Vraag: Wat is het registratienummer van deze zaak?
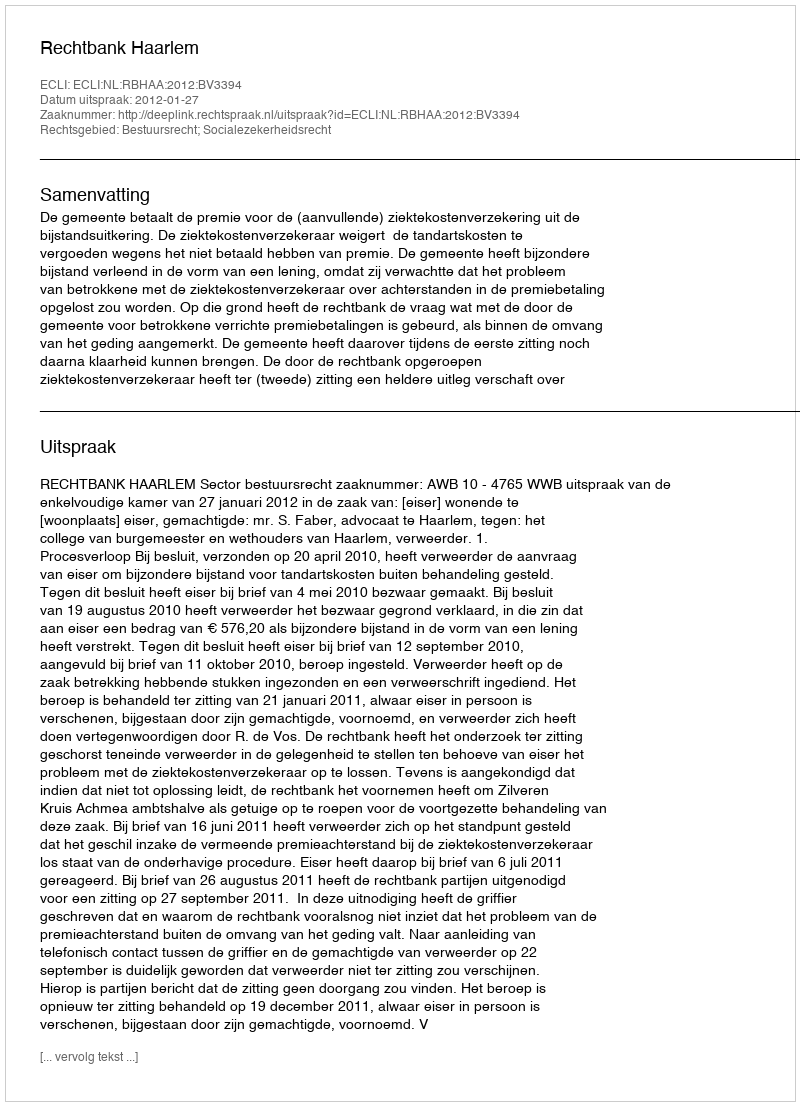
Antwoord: http://deeplink.rechtspraak.nl/uitspraak?id=ECLI:NL:RBHAA:2012:BV3394